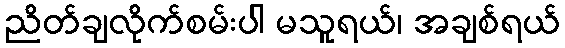
ညိတ်ချလိုက်စမ်းပါ မသူရယ်၊ အချစ်ရယ်